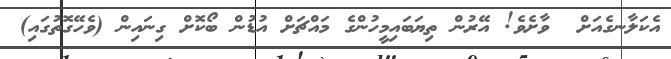
އެކަލާނގެއަށް  ވާށެވެ! އޭރުން ތިޔަބައިމީހުންގެ މައްޗަށް އުޑުން ބޯކޮށް ގިނައިން (ވެހޭގޮތުގައި)